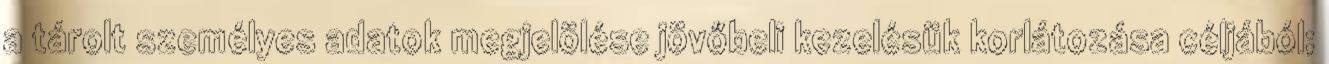
a tárolt személyes adatok megjelölése jövőbeli kezelésük korlátozása céljából;